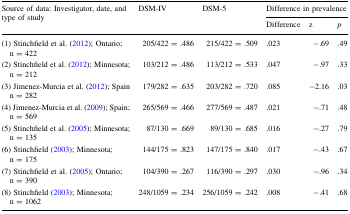
| <ROWSPAN=2> Source of data: Investigator, date, and type of study | <ROWSPAN=2> DSM-IV | <ROWSPAN=2> DSM-5 | <COLSPAN=3> Difference in prevalence |
 | Difference | z | p |
 | --- | --- | --- | --- | --- | --- |
 | (1) Stinchfield et al. (2012); Ontario; n = 422 | 205/422 = .486 | 215/422 = .509 | .023 | −.69 | .49 |
 | (2) Stinchfield et al. (2012); Minnesota; n = 212 | 103/212 = .486 | 113/212 = .533 | .047 | −.97 | .33 |
 | (3) Jimenez-Murcia et al. (2012); Spain n = 282 | 179/282 = .635 | 203/282 = .720 | .085 | −2.16 | .03 |
 | (4) Jimenez-Murcia et al. (2009); Spain; n = 569 | 265/569 = .466 | 277/569 = .487 | .021 | −.71 | .48 |
 | (5) Stinchfield et al. (2005); Minnesota; n = 135 | 87/130 = .669 | 89/130 = .685 | .016 | −.27 | .79 |
 | (6) Stinchfield (2003); Minnesota; n = 175 | 144/175 = .823 | 147/175 = .840 | .017 | −.43 | .67 |
 | (7) Stinchfield et al. (2005); Ontario; n = 390 | 104/390 = .267 | 116/390 = .297 | .030 | −.96 | .34 |
 | (8) Stinchfield (2003); Minnesota; n = 1062 | 248/1059 = .234 | 256/1059 = .242 | .008 | −.41 | .68 |